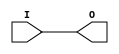
module IB(
	(* iopad_external_pin *) input I,
	output O);
	assign O = I;
endmodule